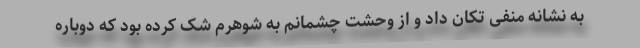
به نشانه منفی تکان داد و از وحشت چشمانم به شوهرم شک کرده بود که دوباره